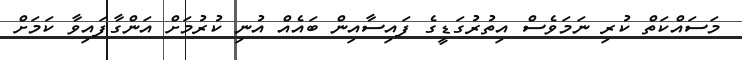
މަސައްކަތް ކުރި ނަމަވެސް އިތުރުގަޑީގެ ފައިސާއިން ބައެއް އުނި ކުރުމަށް އަންގާފައިވާ ކަމަށް